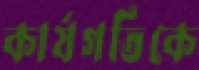
কার্যগতিকে